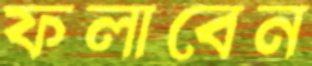
ফলাবেন